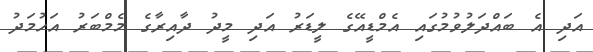
އަދި އެ ބައްދަލުވުމުގައި އެމްޑީއޭގެ ލީޑަރު އަދި މީދު ދާއިރާގެ މެމްބަރު އަހުމަދު